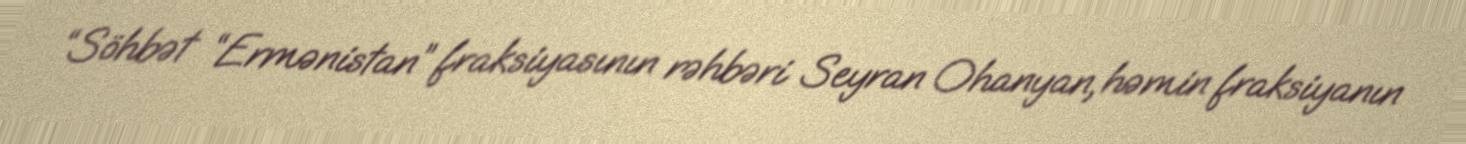
“Söhbət “Ermənistan” fraksiyasının rəhbəri Seyran Ohanyan, həmin fraksiyanın